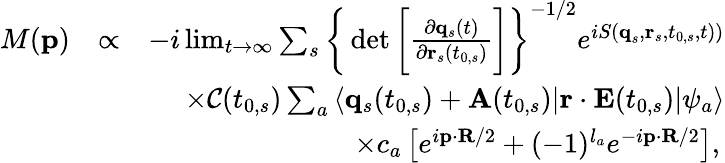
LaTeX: \begin{array}{rlr}{M(\textbf{p})}&{\propto}&{-i\operatorname*{lim}_{t\rightarrow\infty}\sum_{s}\bigg\{ \operatorname*{det}\bigg[\frac{\partial\mathbf{q}_{s}(t)}{\partial\mathbf{r}_{s}(t_{0,s})}\bigg]\bigg\} ^{-1/2}e^{iS(\textbf{q}_{s},\textbf{r}_{s},t_{0,s},t))}}\\ &{}&{\times\mathcal{C}(t_{0,s})\sum_{a}\left\langle\mathbf{q}_{s}(t_{0,s})+\mathbf{A}(t_{0,s})\right.|\textbf{r}\cdot\textbf{E}(t_{0,s})|\psi_{a}\rangle}\\ &{}&{\times{c_{a}}\left[e^{i\textbf{p}\cdot\textbf{R}/2}+(-1)^{l_{a}}e^{-i\textbf{p}\cdot\textbf{R}/2}\right],\, }\end{array}